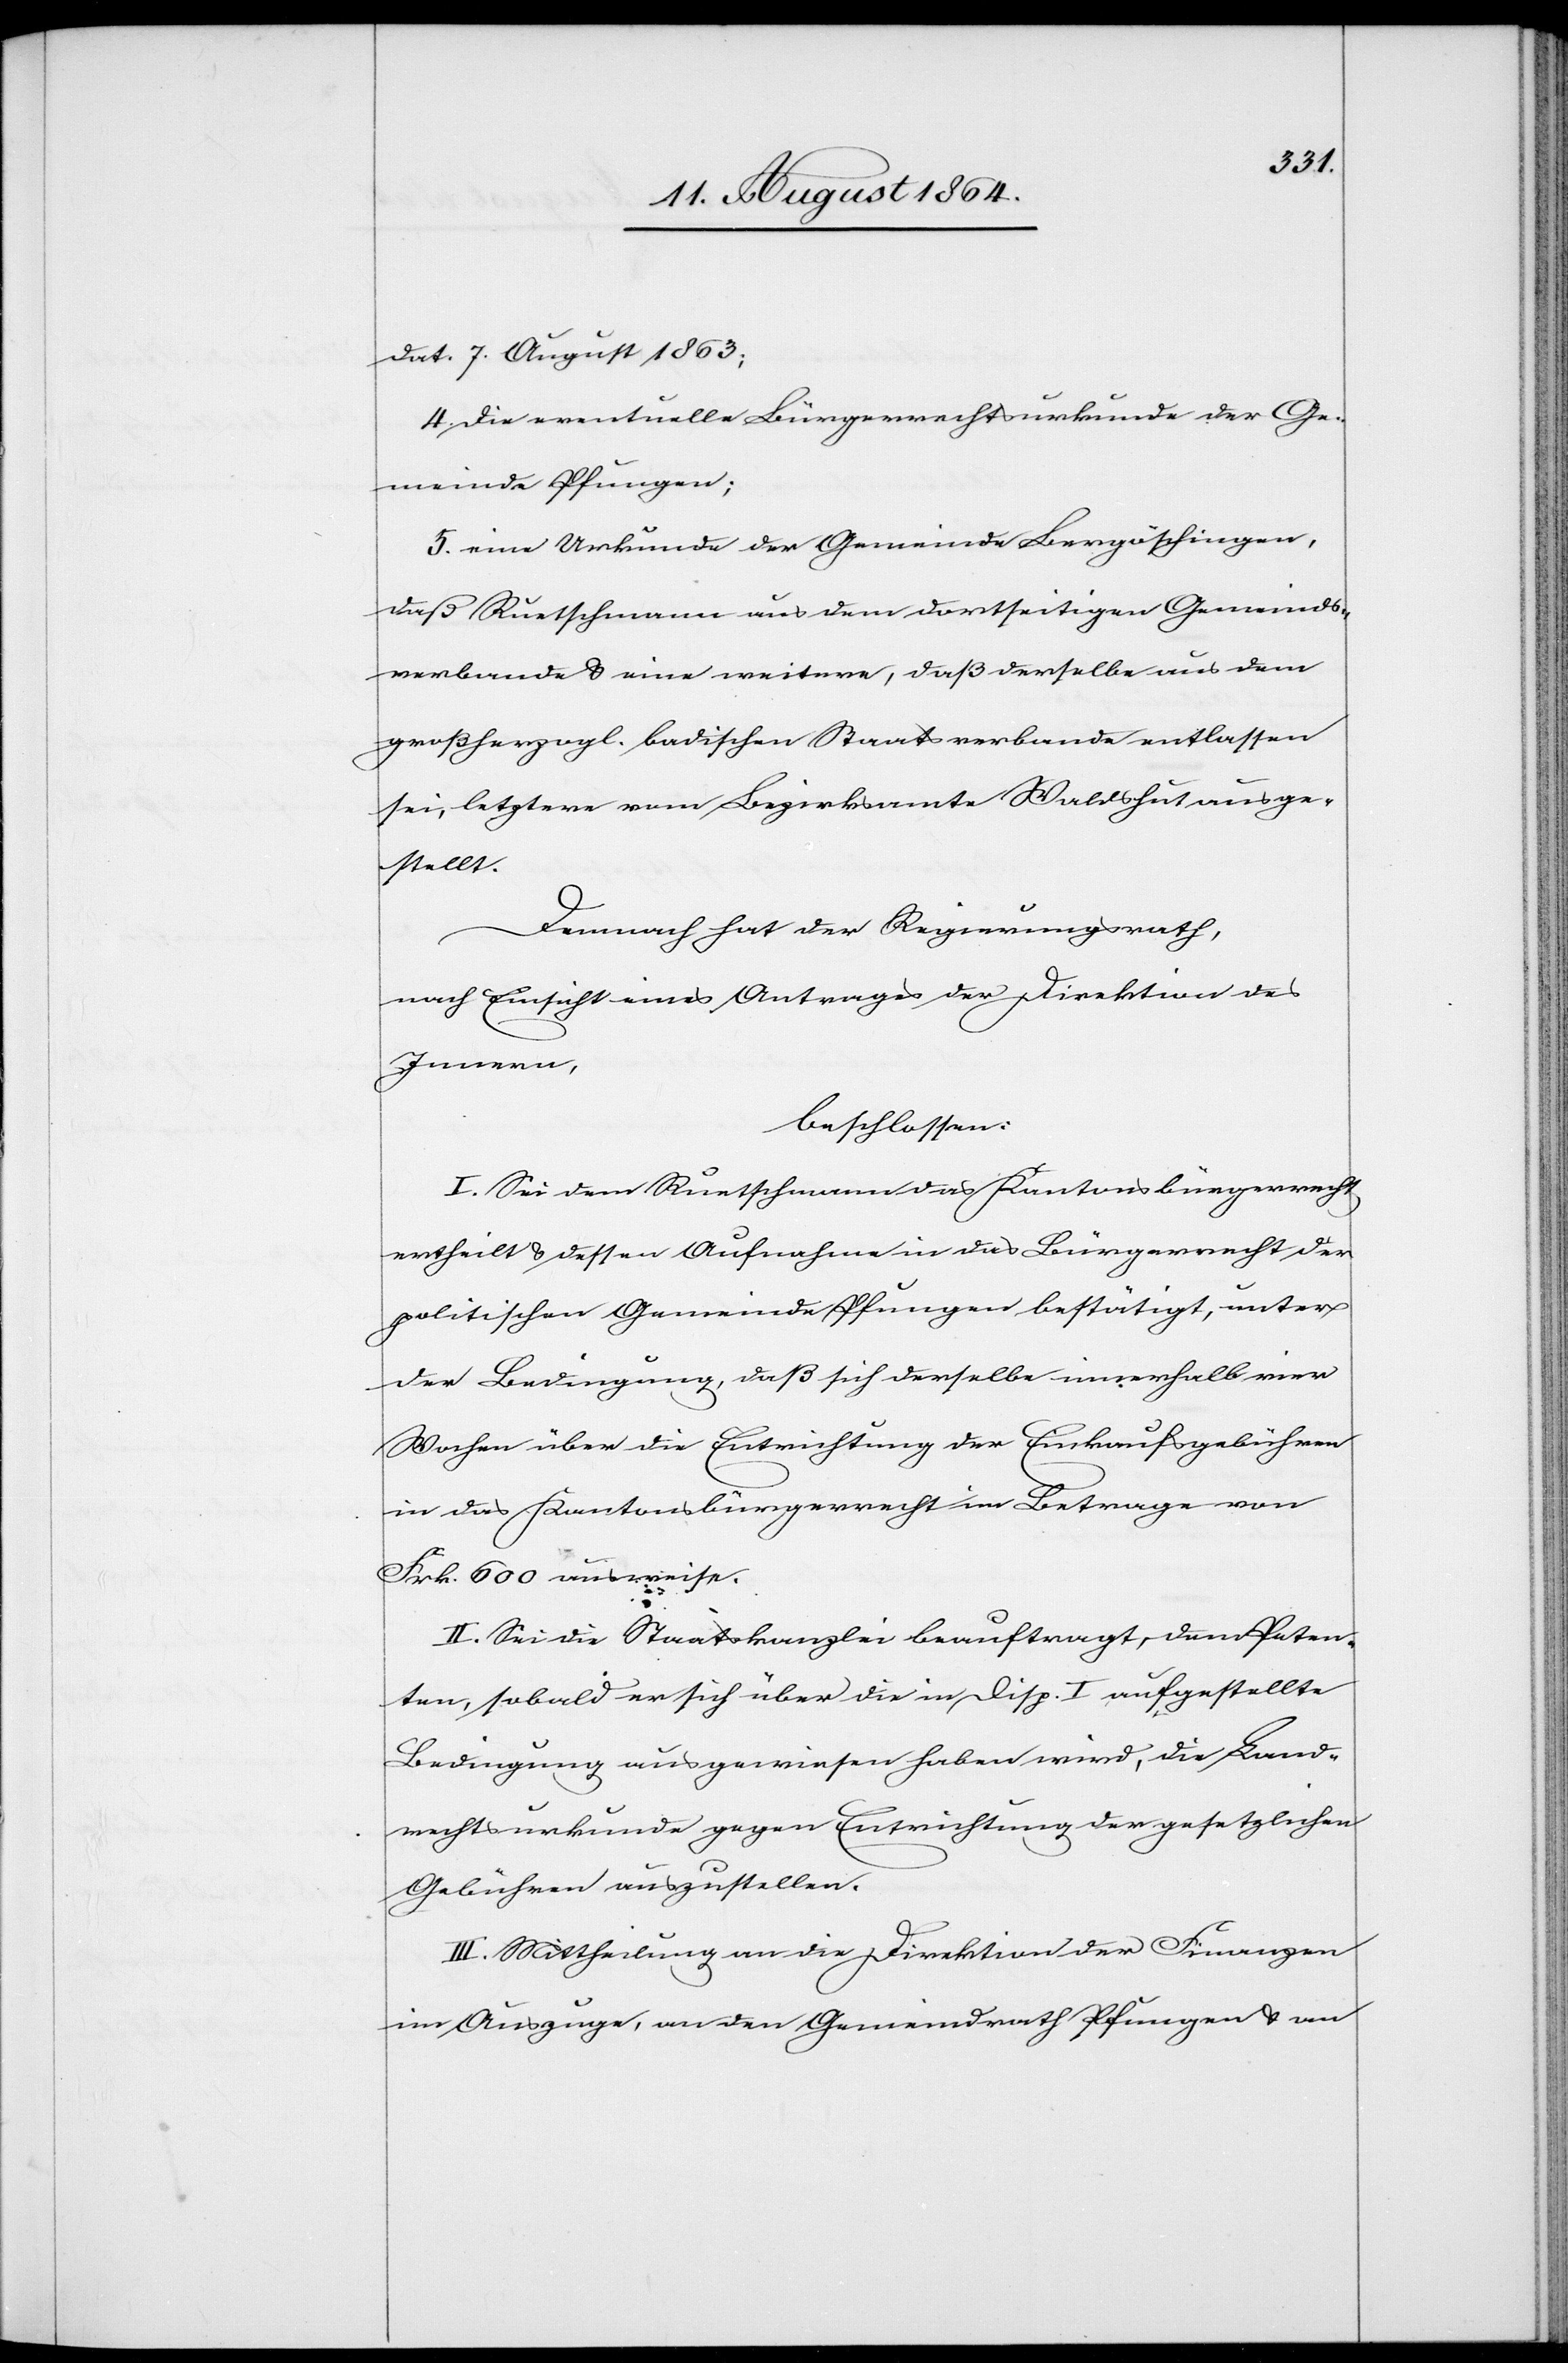
dat. 7. August 1863;
4. die eventuelle Bürgerrechtsurkunde der Ge¬
meinde Pfungen;
5. eine Urkunde der Gemeinde Bergöschingen,
daß Ruetschmann aus dem dortseitigen Gemeinds¬
verbande & eine weitere, daß derselbe aus dem
großherzogl. badischen Staatsverbande entlassen
sei, letztere vom Bezirksamte Waldshut ausge¬
stellt.
Demnach hat der Regierungsrath,
nach Einsicht eines Antrages der Direktion des
Innern,
beschlossen:
I. Sei dem Ruetschmann das Kantonsbürgerrecht
ertheilt & dessen Aufnahme in das Bürgerrecht der
politischen Gemeinde Pfungen bestätigt, unter
der Bedingung, daß sich derselbe innerhalb vier
Wochen über die Entrichtung der Einkaufsgebühren
in das Kantonsbürgerrecht im Betrage von
Frk. 600 ausweise.
II. Sei die Staatskanzlei beauftragt, dem Peten¬
ten, sobald er sich über die in Disp. I aufgestellte
Bedingung ausgewiesen haben wird, die Land¬
rechtsurkunde gegen Entrichtung der gesetzlichen
Gebühren auszustellen.
III. Mittheilung an die Direktion der Finanzen
im Auszuge, an den Gemeindrath Pfungen & an